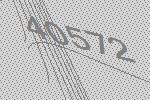
40572